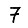
Digit: 7